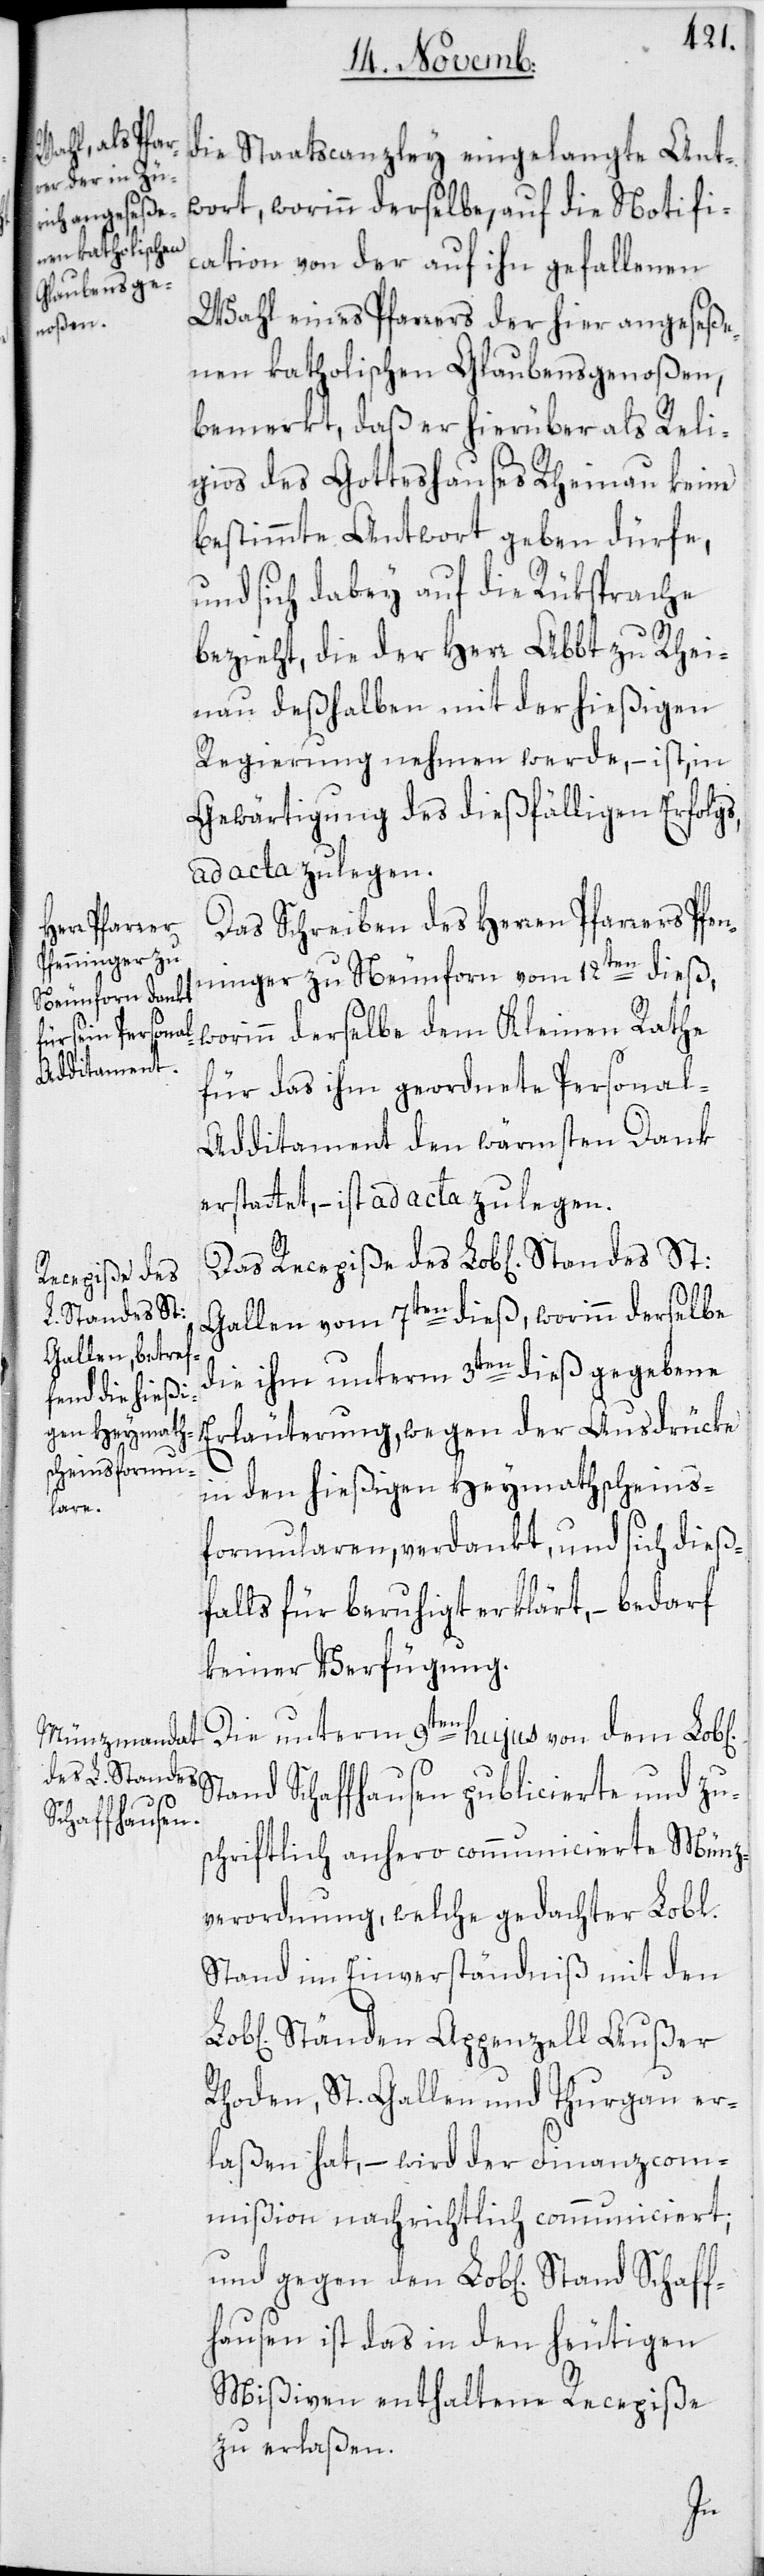
Stand Schaf¬
Recepiße des
Standes St:

die Staatscanzley eingelangte Ant¬
wort, worinn derselbe, auf die Notific¬
ation von der auf ihn gefallenen
Wahl eines Pfarrers der hier angeseße¬
nen katholischen Glaubensgenoßen,
bemerkt, daß er hierüber als Reli¬
gios des Gotteshauses Rheinau keine
bestimmte Antwort geben dürfe,
und sich dabey auf die Rüksprache
bezieht, die der Herr Abbt zu Rhei¬
nau deßhalben mit der hießigen
Regierung nehmen werde, – ist, in
Gewärtigung des dießfälligen Erfolgs,
ad acta zu legen.
Das Schreiben des Herren Pfarrers Pfe¬
nninger zu Neunforn vom 12ten dieß,
worinn derselbe dem Kleinen Rathe
für das ihm geordnete Personal-A¬
dditament den wärmsten Dank
erstattet, – ist ad acta zu legen.
Gallen vom 7ten dieß, worinn derselbe
die ihm unterm 3ten dieß gegebene
Erläuterung, wegen der Ausdrücke
in den hießigen Heymathscheins¬
formularen, verdankt, und sich dieß¬
falls für beruhigt erklärt, – bedarf
keiner Verfügung.
Die unterm 9ten hujus von dem Lob[l¬
tand Schaffhausen publicierte und zu¬
schriftlich anhero communicierte Münz¬
verordnung, welche gedachter Lobl.
Stand im Einverständniß mit den
Ständen Appenzell Außer
Rhoden, St. Gallen und Thurgau er¬
laßen hat, – wird der Finanzcom¬
mißion nachrichtlich communiciert,
fhausen ist das in den heutigen
Mißiven enthaltene Recepiße
zu erlaßen.
S¬